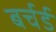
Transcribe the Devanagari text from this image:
बर्चर्ड